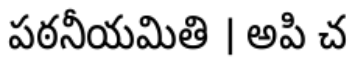
పఠనీయమితి । అపి చ